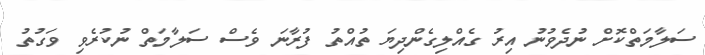
ސަލާމަތްކޮށް ނުދެވުނު އިރު ގެއްލިގެންދިޔަ ތުއްތު ފުރާނަ ވެސް ސަލާމަތް ނުކުރެވި ވަގުތު